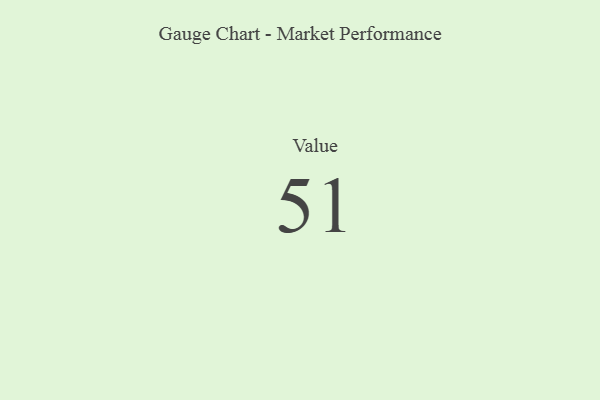
{"axis": {"x": "Metric", "y": "Value"}, "legend": [""], "data": [{"x": "Value", "y": 51, "type": ""}]}